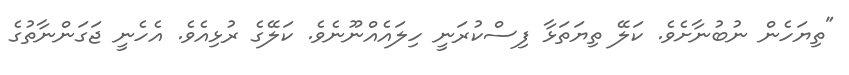
"ތިޔަހެން ނުބުނާށެވެ. ކަލޭ ތިޔަތަޅާ ފިސްކުރަނީ ހިލައެއްނޫނެވެ. ކަލޭގެ ރުޅިއެވެ. އެހެނީ ޖަގަންނާތުގެ